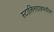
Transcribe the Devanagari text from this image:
स्टालिनग्राडमधील